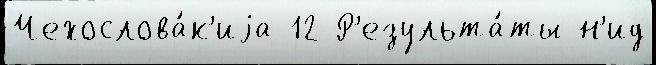
Чехослова́к'иjа 12 Р'езульта́ты н'ид